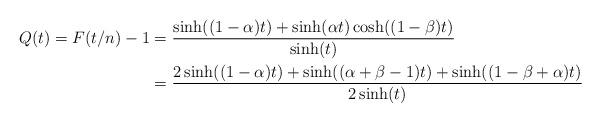
LaTeX: \begin{align*}Q(t)=F(t/n)-1&=\frac{\sinh((1-\alpha) t) + \sinh(\alpha t)\cosh((1-\beta)t)}{\sinh(t)}\\&=\frac{2\sinh((1-\alpha) t) + \sinh((\alpha + \beta -1)t)+\sinh((1-\beta+\alpha)t)}{2\sinh(t)}\end{align*}